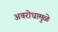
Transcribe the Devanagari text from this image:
अवरोधामुळे